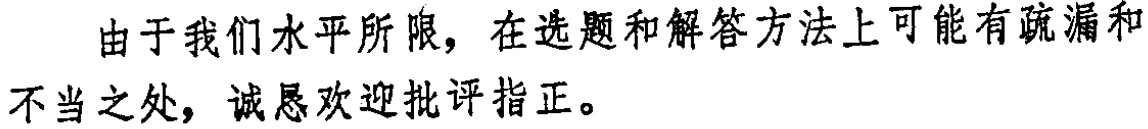
由于我们水平所限，在选题和解答方法上可能有疏漏和不当之处，诚恳欢迎批评指正。